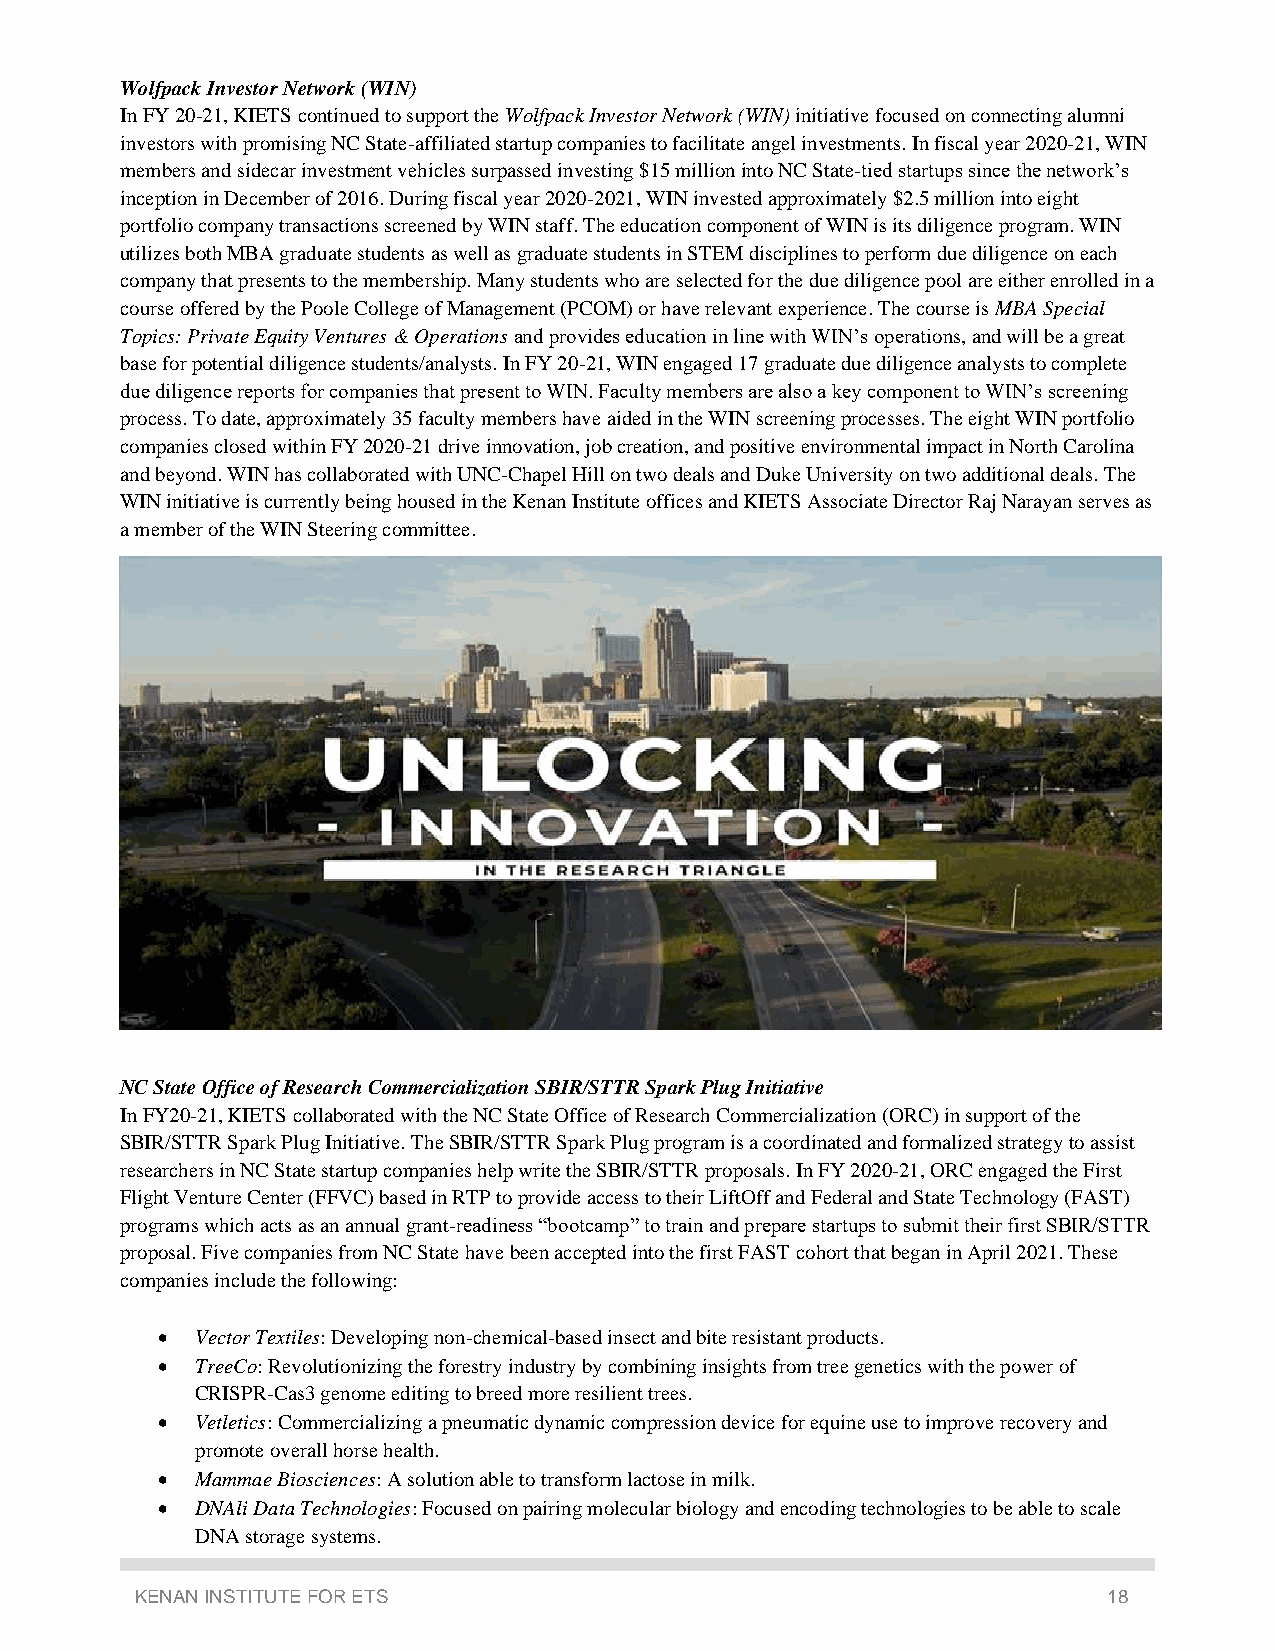
Wolfpack Investor Network (WIN)
 In FY 20-21, KIETS continued to support the Wolfpack Investor Network (WIN) initiative focused on connecting alumni
 investors with promising NC State-affiliated startup companies to facilitate angel investments. In fiscal year 2020-21, WIN
 members and sidecar investment vehicles surpassed investing $15 million into NC State-tied startups since the network’s
 inception in December of 2016. During fiscal year 2020-2021, WIN invested approximately $2.5 million into eight
 portfolio company transactions screened by WIN staff. The education component of WIN is its diligence program. WIN
 utilizes both MBA graduate students as well as graduate students in STEM disciplines to perform due diligence on each
 company that presents to the membership. Many students who are selected for the due diligence pool are either enrolled in a
 course offered by the Poole College of Management (PCOM) or have relevant experience. The course is MBA Special
 Topics: Private Equity Ventures & Operations and provides education in line with WIN’s operations, and will be a great
 base for potential diligence students/analysts. In FY 20-21, WIN engaged 17 graduate due diligence analysts to complete
 due diligence reports for companies that present to WIN. Faculty members are also a key component to WIN’s screening
 process. To date, approximately 35 faculty members have aided in the WIN screening processes. The eight WIN portfolio
 companies closed within FY 2020-21 drive innovation, job creation, and positive environmental impact in North Carolina
 and beyond. WIN has collaborated with UNC-Chapel Hill on two deals and Duke University on two additional deals. The
 WIN initiative is currently being housed in the Kenan Institute offices and KIETS Associate Director Raj Narayan serves as
 a member of the WIN Steering committee.
 NC State Office of Research Commercialization SBIR/STTR Spark Plug Initiative
 In FY20-21, KIETS collaborated with the NC State Office of Research Commercialization (ORC) in support of the
 SBIR/STTR Spark Plug Initiative. The SBIR/STTR Spark Plug program is a coordinated and formalized strategy to assist
 researchers in NC State startup companies help write the SBIR/STTR proposals. In FY 2020-21, ORC engaged the First
 Flight Venture Center (FFVC) based in RTP to provide access to their LiftOff and Federal and State Technology (FAST)
 programs which acts as an annual grant-readiness “bootcamp” to train and prepare startups to submit their first SBIR/STTR
 proposal. Five companies from NC State have been accepted into the first FAST cohort that began in April 2021. These
 companies include the following:
 •  Vector Textiles: Developing non-chemical-based insect and bite resistant products.
 •  TreeCo: Revolutionizing the forestry industry by combining insights from tree genetics with the power of
 CRISPR-Cas3 genome editing to breed more resilient trees.
 •  Vetletics: Commercializing a pneumatic dynamic compression device for equine use to improve recovery and
 promote overall horse health.
 •  Mammae Biosciences: A solution able to transform lactose in milk.
 •  DNAli Data Technologies: Focused on pairing molecular biology and encoding technologies to be able to scale
 DNA storage systems.
 KENAN INSTITUTE FOR ETS                                         18